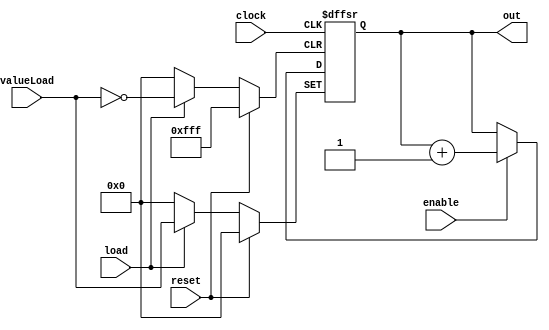
module Contador12bits(input wire  load,enable,clock,reset, input wire [11:0]valueLoad, output reg [11:0] out );


    always @ (posedge clock, posedge reset, posedge load) begin
        if (load) out <= valueLoad;
        else begin
            if (reset) out <= 0;
            else if(enable) out <= out + 1;
    
        end

    end

endmodule